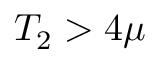
T _ { 2 } > 4 \mu